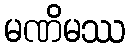
မဏိမဿ